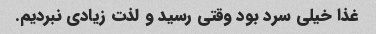
غذا خیلی سرد بود وقتی رسید و لذت زیادی نبردیم.